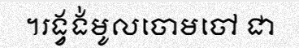
។រង្វង់មូលចោមចៅ ជា